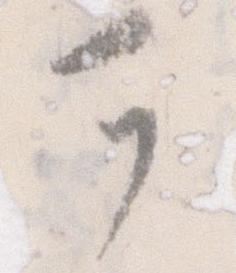
可